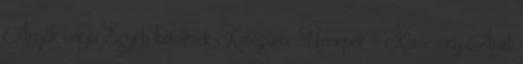
Anyák napja Egyéb kérdések Kategória: Ünnepek » Karácsony Amit